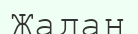
Жадан